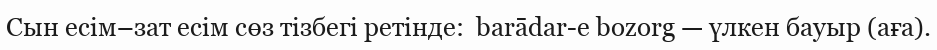
Сын есім–зат есім сөз тізбегі ретінде:  barādar-e bozorg — үлкен бауыр (аға).